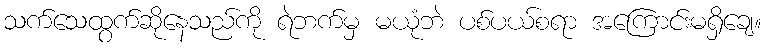
သက်သေထွက်ဆိုနေသည်ကို ရဲဘက်မှ မယုံဘဲ ပစ်ပယ်စရာ အကြောင်းမရှိချေ။